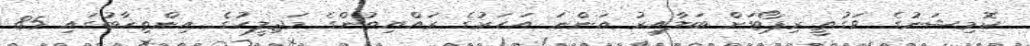
ކޮމިޝަނުގެ ވަގުތީ ރިޕޯޓަށް ބަލާއިރު އަންނަ އަހަރުގެ ރައްޔިތުންގެ މަޖިލީހުގެ އިންތިޚާބުގައި 85